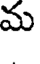
మ